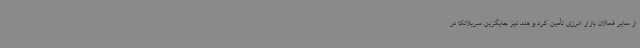
از سایر فعالان بازار انرژی تأمین کرد و هند نیز جایگزین سریلانکا در